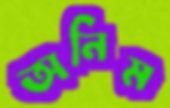
অনিম